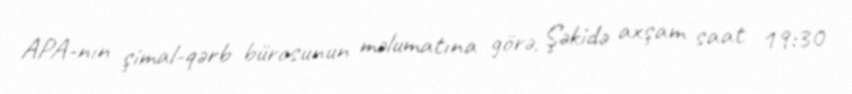
APA-nın şimal-qərb bürosunun məlumatına görə, Şəkidə axşam saat 19:30